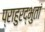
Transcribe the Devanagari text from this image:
प्राहुरद्भुतां